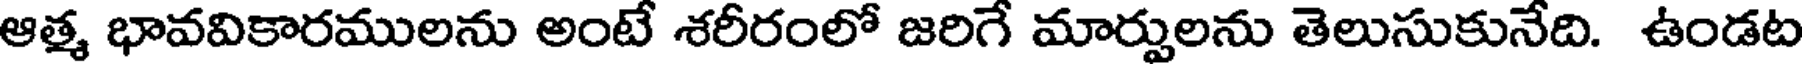
ఆత్మ భావవికారములను అంటే శరీరంలో జరిగే మార్పులను తెలుసుకునేది. ఉండట